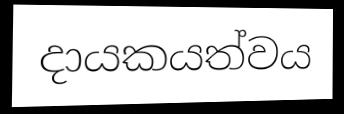
දායකයත්වය